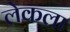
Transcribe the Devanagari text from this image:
लेकला